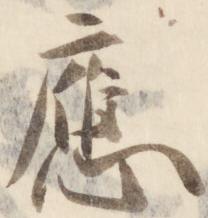
応